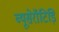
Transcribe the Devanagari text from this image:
ब्यूसेरॉटिड़ि